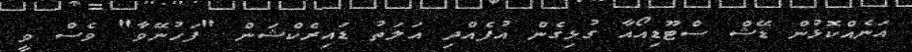
އަނެއްކޮޅުން ޑޭޝް ސްޓޫޑިއޯއާ ގުޅިގެން އުފެއްދި އަލަތު ޑައިރެކްޝަން "ފަހުނޭވާ" ވެސް ވީ